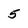
Character: 5